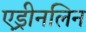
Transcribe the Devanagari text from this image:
एड्रीनलिन